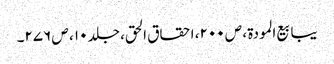
یبابیع المودۃ ، ص ۲۰۰، احقاق الحق، جلد ۱۰ ، ص ۲۷۶۔